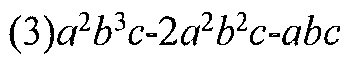
$(3)a^{2}b^{3}c - 2a^{2}b^{2}c - abc$